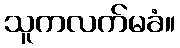
သူကလက်မခံ။